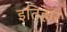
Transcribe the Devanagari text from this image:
इतिहार